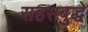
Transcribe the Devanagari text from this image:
सहसबुद्धे